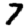
Digit: 7